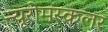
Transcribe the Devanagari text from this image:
न्यूरोमस्कलर